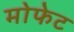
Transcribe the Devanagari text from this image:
मोफेट